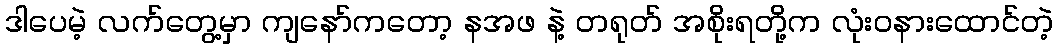
ဒါပေမဲ့ လက်တွေ့မှာ ကျနော်ကတော့ နအဖ နဲ့ တရုတ် အစိုးရတို့က လုံးဝနားထောင်တဲ့